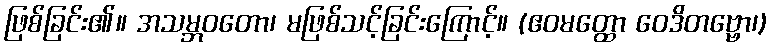
ဖြစ်ခြင်း၏။ အသမ္ဘဝတော၊ မဖြစ်သင့်ခြင်းကြောင့်။ (ဧဝမတ္ထော ဝေဒိတဗ္ဗော၊)